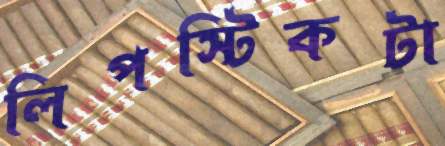
লিপস্টিকটা